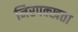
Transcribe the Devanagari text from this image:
निरपक्खता